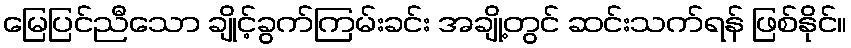
မြေပြင်ညီသော ချိုင့်ခွက်ကြမ်းခင်း အချို့တွင် ဆင်းသက်ရန် ဖြစ်နိုင်။